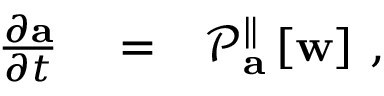
\begin{array} { r l r } { \frac { \partial \mathbf { a } } { \partial t } } & { { } = } & { \mathcal { P } _ { \mathbf { a } } ^ { \parallel } \left[ \mathbf { w } \right] \, , } \end{array}